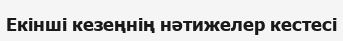
Екінші кезеңнің нәтижелер кестесі